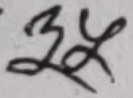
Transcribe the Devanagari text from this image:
३५